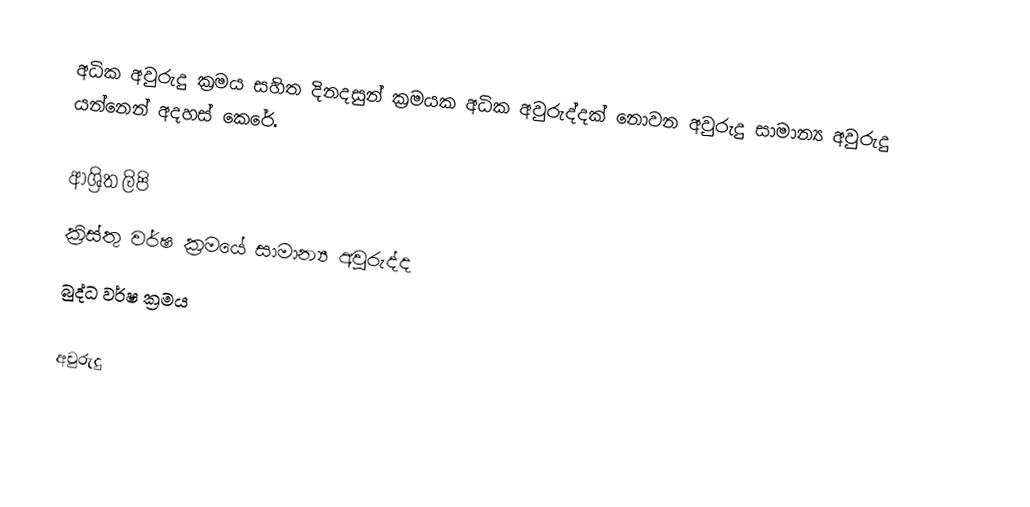
අධික අවුරුදු ක්‍රමය සහිත දිනදසුන් ක්‍රමයක අධික අවුරුද්දක් නොවන අවුරුදු සාමාන්‍ය අවුරුදු යන්නෙන් අදහස් කෙරේ.

ආශ්‍රිත ලිපි
 ක්‍රිස්තු වර්ෂ ක්‍රමයේ සාමාන්‍ය අවුරුද්ද
 බුද්ධ වර්ෂ ක්‍රමය

අවුරුදු